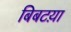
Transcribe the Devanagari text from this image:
बिबटय़ा